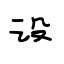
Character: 设